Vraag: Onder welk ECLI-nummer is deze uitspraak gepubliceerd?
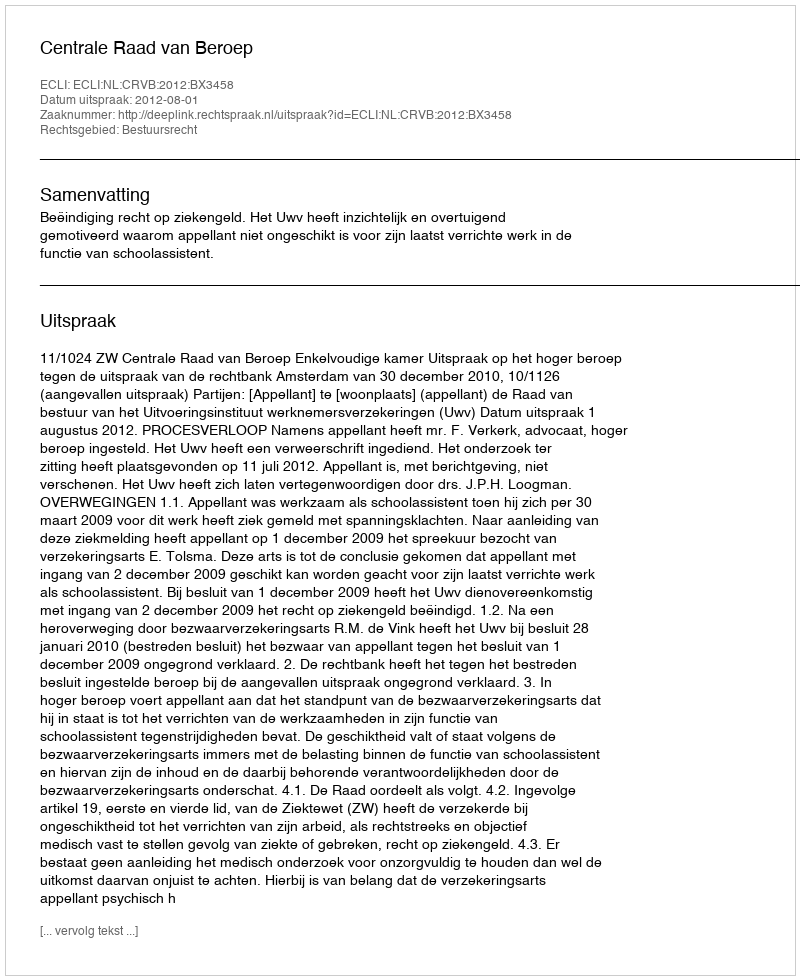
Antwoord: ECLI:NL:CRVB:2012:BX3458